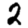
Digit: 2